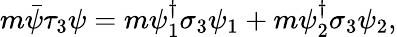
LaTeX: m\bar{\psi}\tau_{3}\psi=m\psi_{1}^{\dagger}\sigma_{3}\psi_{1}+m\psi_{2}^{\dagger}\sigma_{3}\psi_{2},